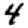
Digit: 4